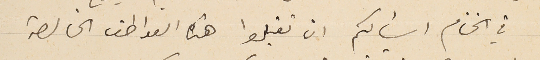
في الختام اسألكم ان تقبلوا هذه العواطف الخالصة